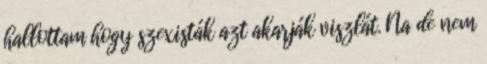
hallottam hogy szexisták azt akarják viszlát. Na de nem